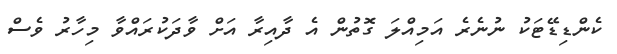
ކެންޑިޑޭޓަކު ނުނެރެ އަމިއްލަ ގޮތުން އެ ދާއިރާ އަށް ވާދަކުރައްވާ މިހާރު ވެސް